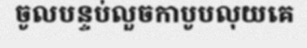
ចូលបន្ទប់លួចកាបូបលុយគេ